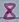
Text: 8